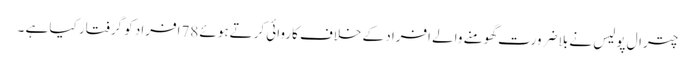
چترال پولیس نے بلا ضرورت گھومنے والے افراد کے خلاف کاروائی کرتےہوئے 78افراد کو گرفتار کیا ہے ۔